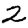
Digit: 2